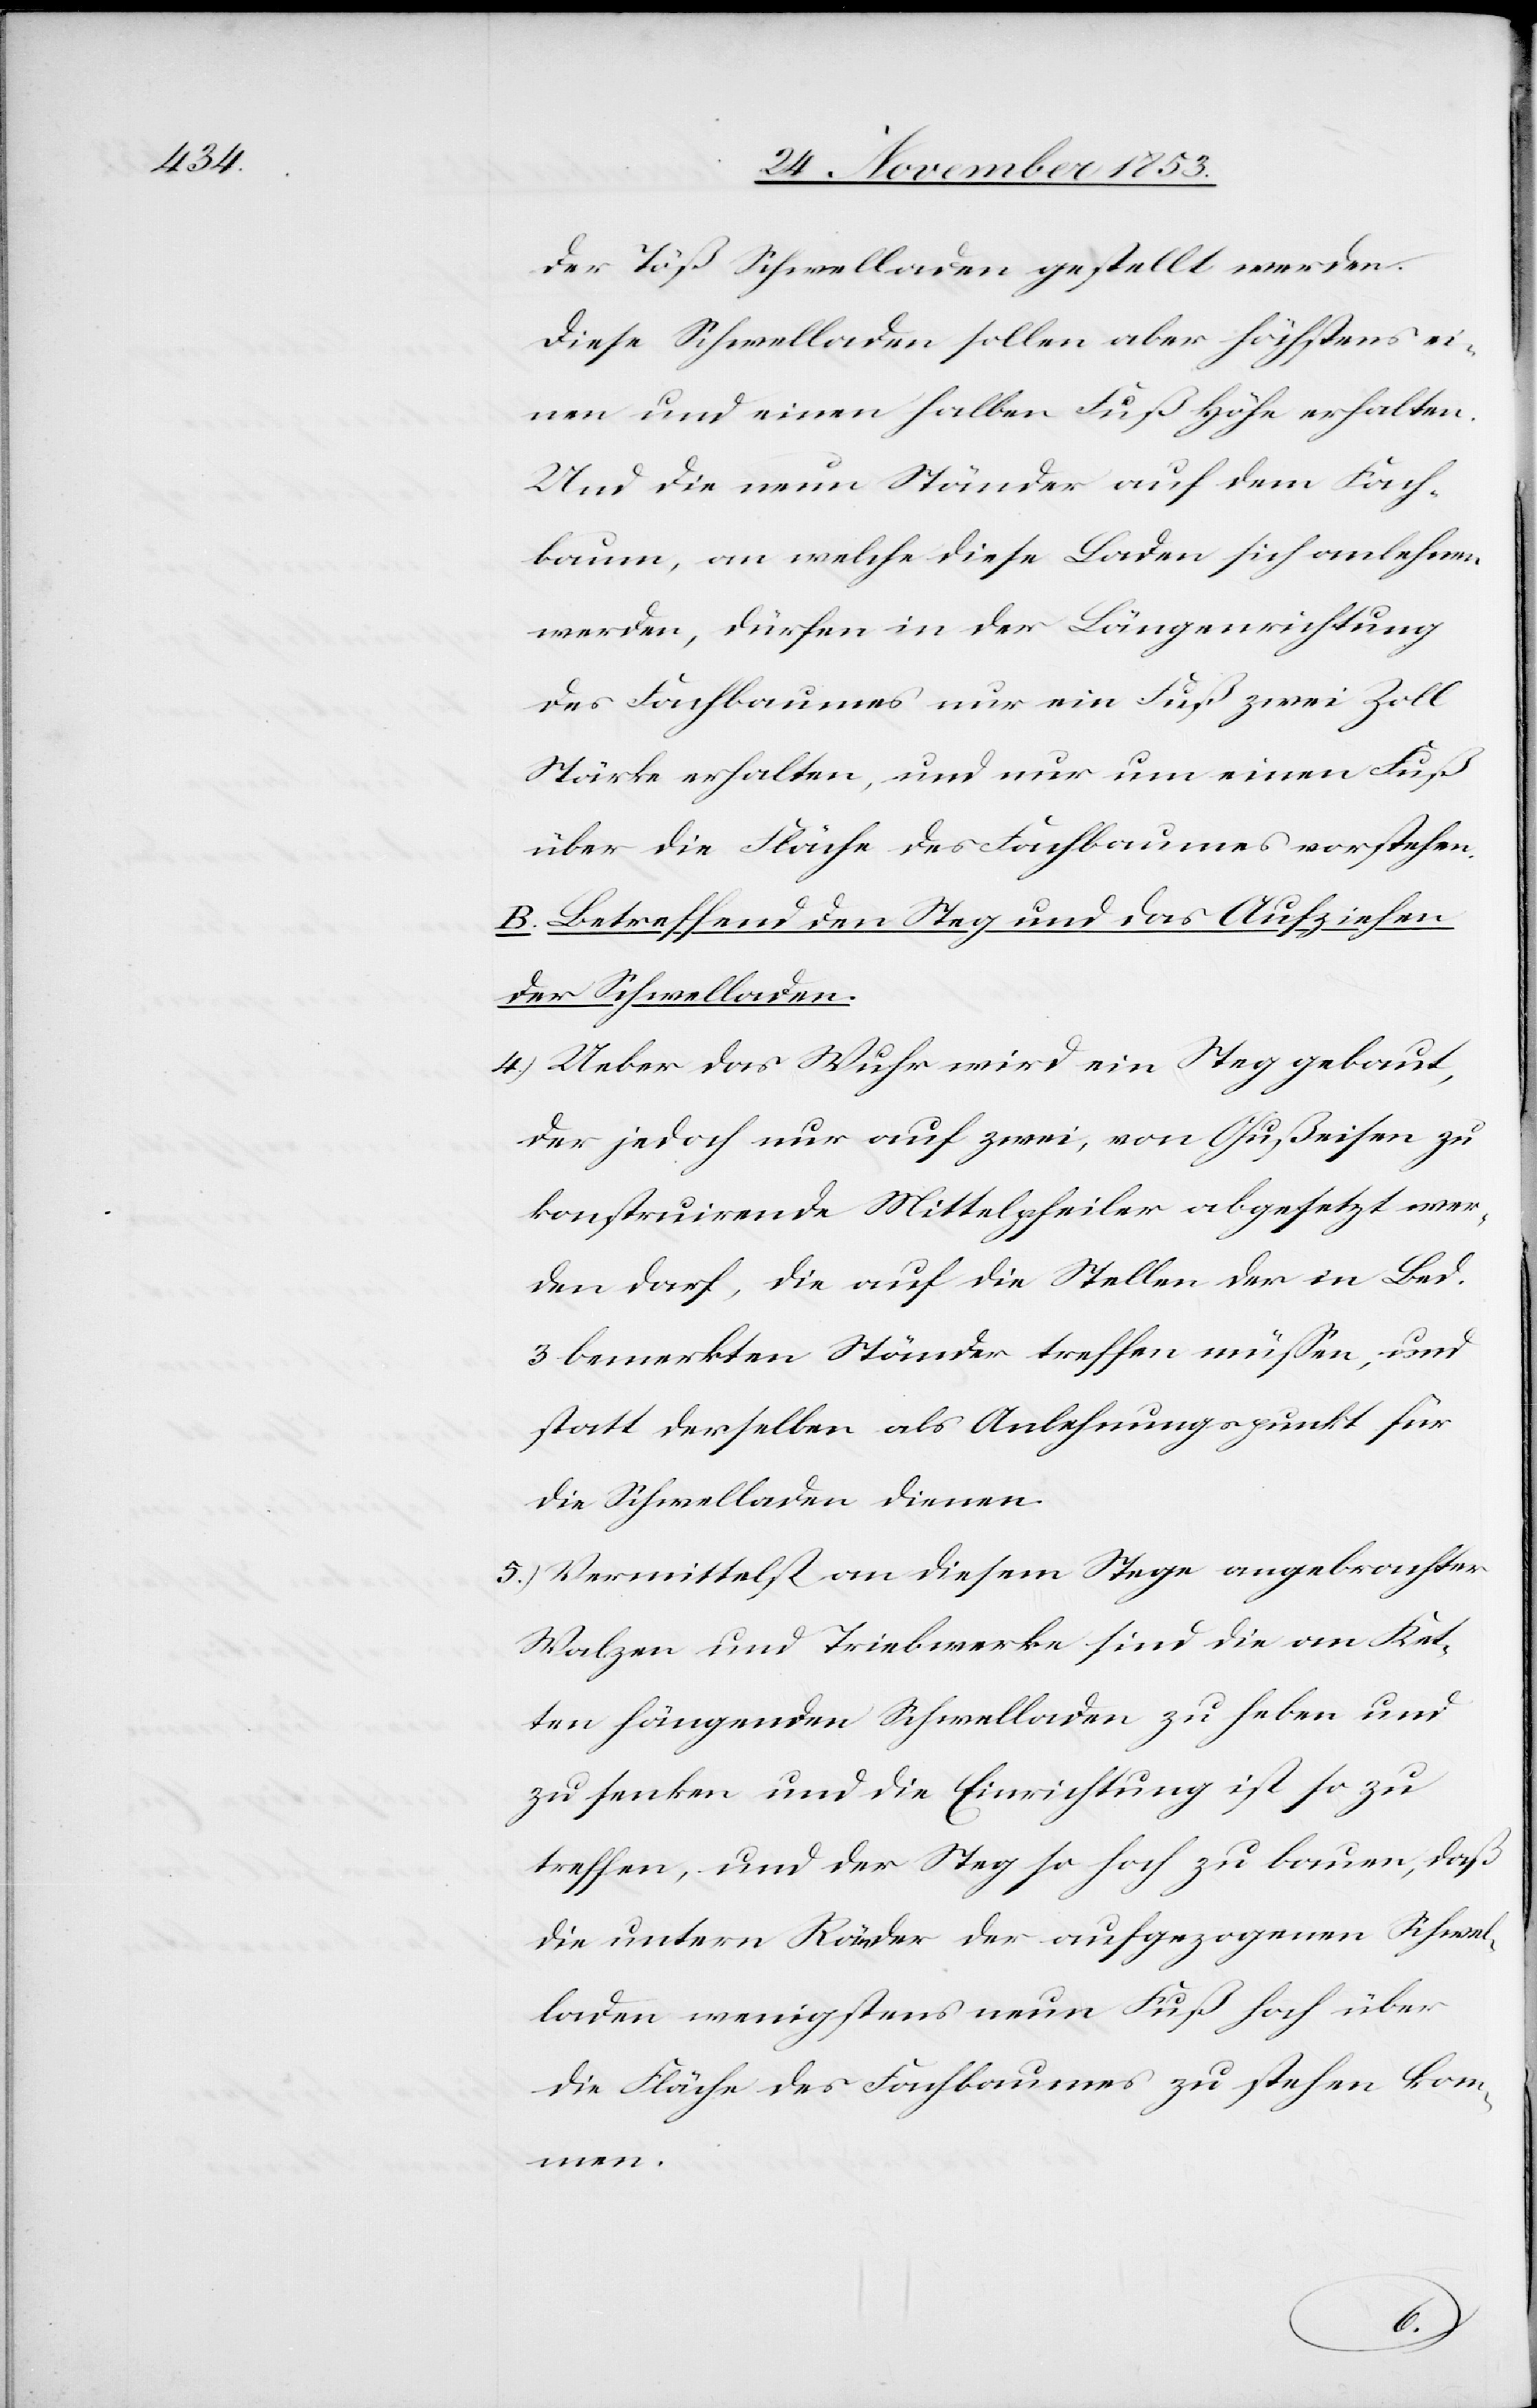
der Töß Schwelladen gestellt werden.
Diese Schwelladen sollen aber höchstens ei¬
nen und einen halben Fuß Höhe erhalten.
Und die neun Ständer auf dem Fach¬
baum, an welche diese Laden sich anlehnen
werden, dürfen in der Längenrichtung
des Fachbaumes nur ein Fuß zwei Zoll
Stärke erhalten, und nur um einen Fuß
über die Fläche des Fachbaumes vorstehen.
B. Betreffend den Steg und das Aufziehen
der Schwelladen.
4.) Ueber das Wuhr wird ein Steg gebaut,
der jedoch nur auf zwei, von Gußeisen zu
konstruirende Mittelpfeiler abgesetzt wer¬
den darf, die auf die Stellen der in Bed.
3 bemerkten Ständer treffen müßen, und
statt derselben als Anlehnungspunkt für
die Schwelladen dienen.
5.) Vermittelst an diesem Stege angebrachter
Walzen und Triebwerke sind die an Ket¬
ten hängenden Schwelladen zu heben und
zu senken und die Einrichtung ist so zu
treffen, und der Steg so hoch zu bauen, daß
die untern Räder der aufgezogenen Schwel¬
laden wenigstens neun Fuß hoch über
die Fläche des Fachbaumes zu stehen kom¬
men.